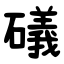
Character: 礒